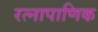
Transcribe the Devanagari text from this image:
रत्‍नापाणिक